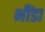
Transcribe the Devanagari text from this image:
भींडा